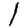
Digit: 1